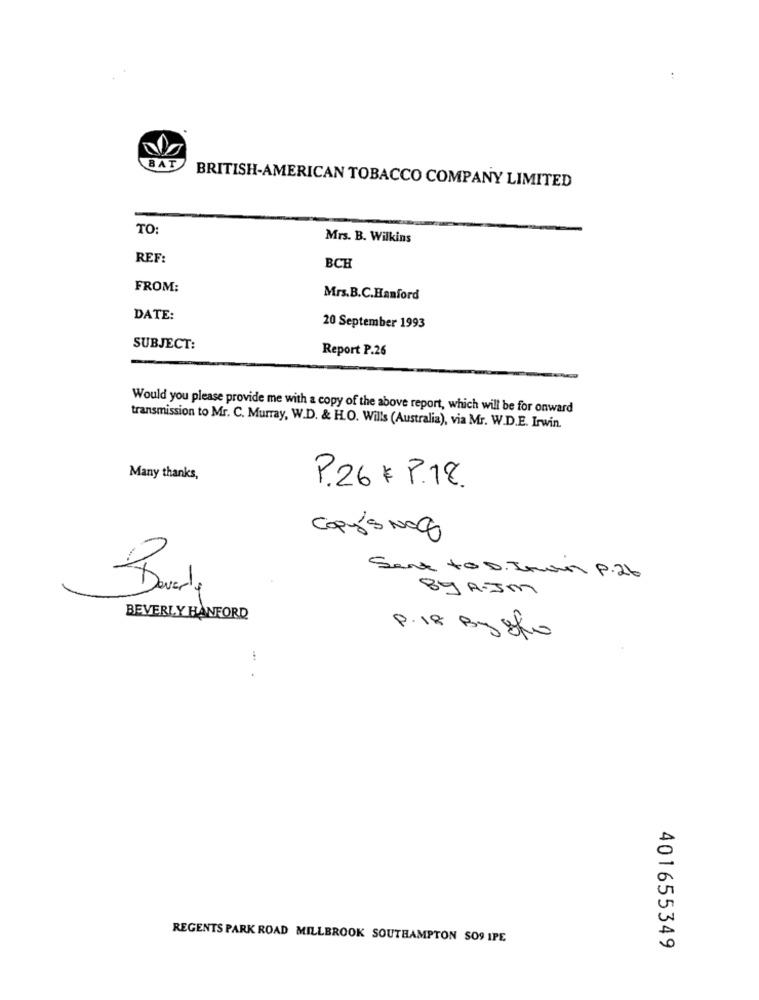
BAT
BRITISH-AMERICAN TOBACCO COMPANY LIMITED
TO:
Mrs. B. Wilkins
REF:
BCH
FROM:
Mrs.B.C.Hanford
DATE:
20 September 1993
SUBJECT:
Report P.26
Would you please provide me with a copy of the above report, which will be for onward
transmission to Mr. C. Murray, W.D. & H.O. Wills (Australia), via Mr. W.D.E. Irwin.
Many thanks,
P. 26 € P.18.
Ai
Copy's Noc
Sent to D. Inan P. 26
89 A.JM
BEVERLY HANFORD
P.18 By 840
REGENTS PARK ROAD MILLBROOK SOUTHAMPTON SO9 IPE
401655349